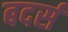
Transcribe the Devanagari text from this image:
बदर्स